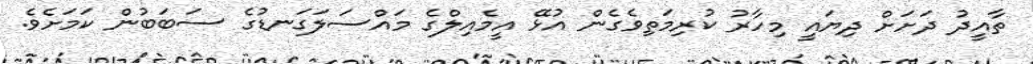
ތާއީދު ދަށަށް ދިޔައީ މިހާރު ކުރިމަތިވެގެން އުޅޭ އީމެއިލްގެ މައްސަލަގަނޑުގެ ސަބަބުން ކަމަށެވެ.